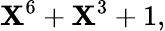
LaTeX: \mathbf{X}^{6}+\mathbf{X}^{3}+1,